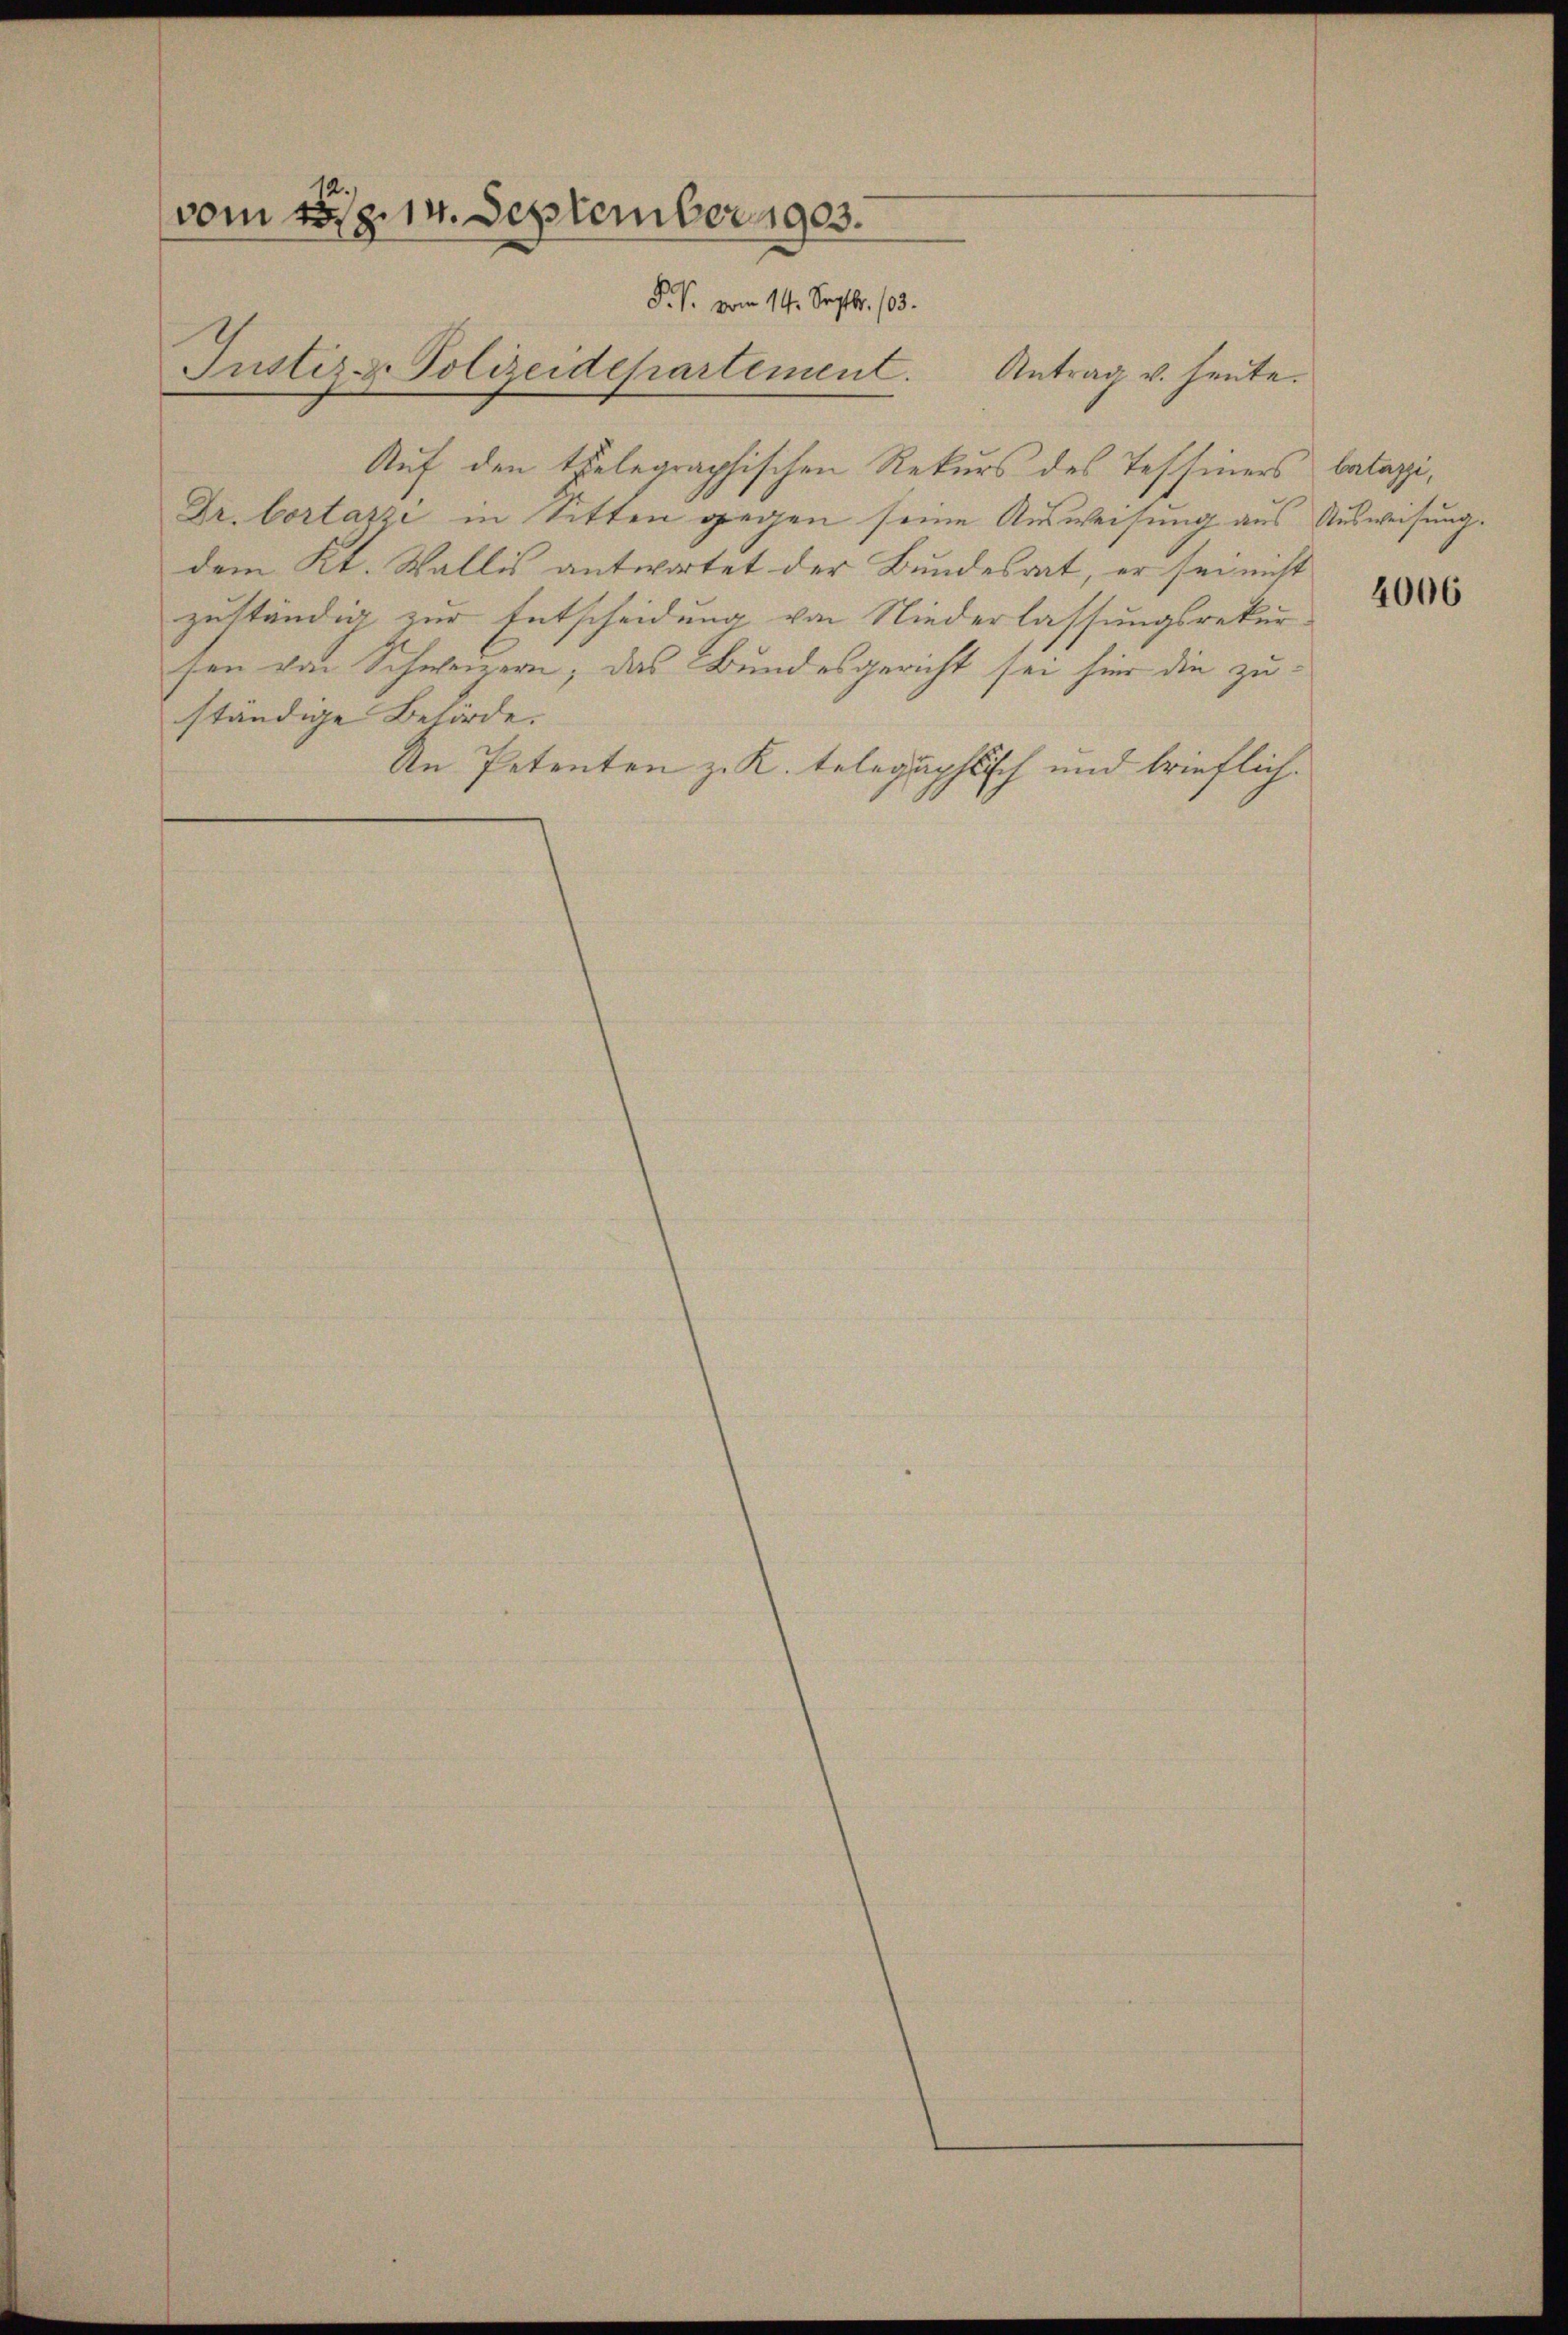
vom 15. 14. September 1903.
P. P. vom 14. Septbr. 103.
Justiz- Polizeidepartement.

Auf den telegraphischen Rekurs des Tessiners
Dr. Cortazzi in Sitten gegen seine Ausweisung aus Ausweisung.
dem Kt. Wallis antwortet der Bundesrat, er sei nicht
zuständig zur Entscheidung von Niederlassungsrekursen von Schweizern, das Bundesgericht sei hier die zuständige Behörde.
An Petenten z. K. telegaphtisch und brieflich.

Antrag u. heute.

balaggi,

4006